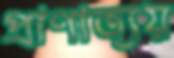
প্রাণাত্যয়